Scottish Leaving Certificate Examination, 1951
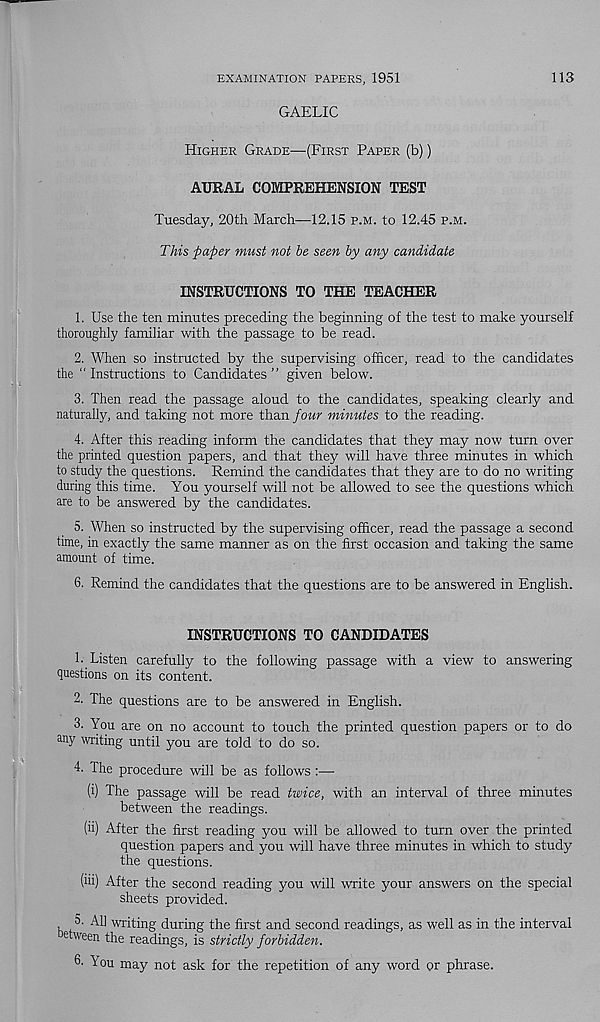
EXAMINATION PAPERS, 1951
113
GAELIC
Higher Grade—(First Paper (b))
AURAL COMPREHENSION TEST
Tuesday, 20th March—12.15 p.m. to 12.45 p.m.
This paper must not he seen by any candidate
INSTRUCTIONS TO THE TEACHER
1. Use the ten minutes preceding the beginning of the test to make yourself
thoroughly familiar with the passage to be read.
2. When so instructed by the supervising officer, read to the candidates
the "Instructions to Candidates” given below.
3. Then read the passage aloud to the candidates, speaking clearly and
naturally, and taking not more than four minutes to the reading.
4. After this reading inform the candidates that they may now turn over
the printed question papers, and that they will have three minutes in which
to study the questions. Remind the candidates that they are to do no writing
during this time. You yourself will not be allowed to see the questions which
are to be answered by the candidates.
5. When so instructed by the supervising officer, read the passage a second
time, in exactly the same manner as on the first occasion and taking the same
amount of time.
6. Remind the candidates that the questions are to be answered in English.
INSTRUCTIONS TO CANDIDATES
1. Listen carefully to the following passage with a view to answering
questions on its content.
2. The questions are to be answered in English.
3. You are on no account to touch the printed question papers or to do
any writing until you are told to do so.
4. The procedure will be as follows :—
(i) The passage will be read twice, with an interval of three minutes
between the readings.
(ii) After the first reading you will be allowed to turn over the printed
question papers and you will have three minutes in which to study
the questions.
(iii) After the second reading you will write your answers on the special
sheets provided.
5- All writing during the first and second readings, as well as in the interval
etween the readings, is strictly forbidden.
6- You may not ask for the repetition of any word or phrase.